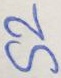
Text: S2